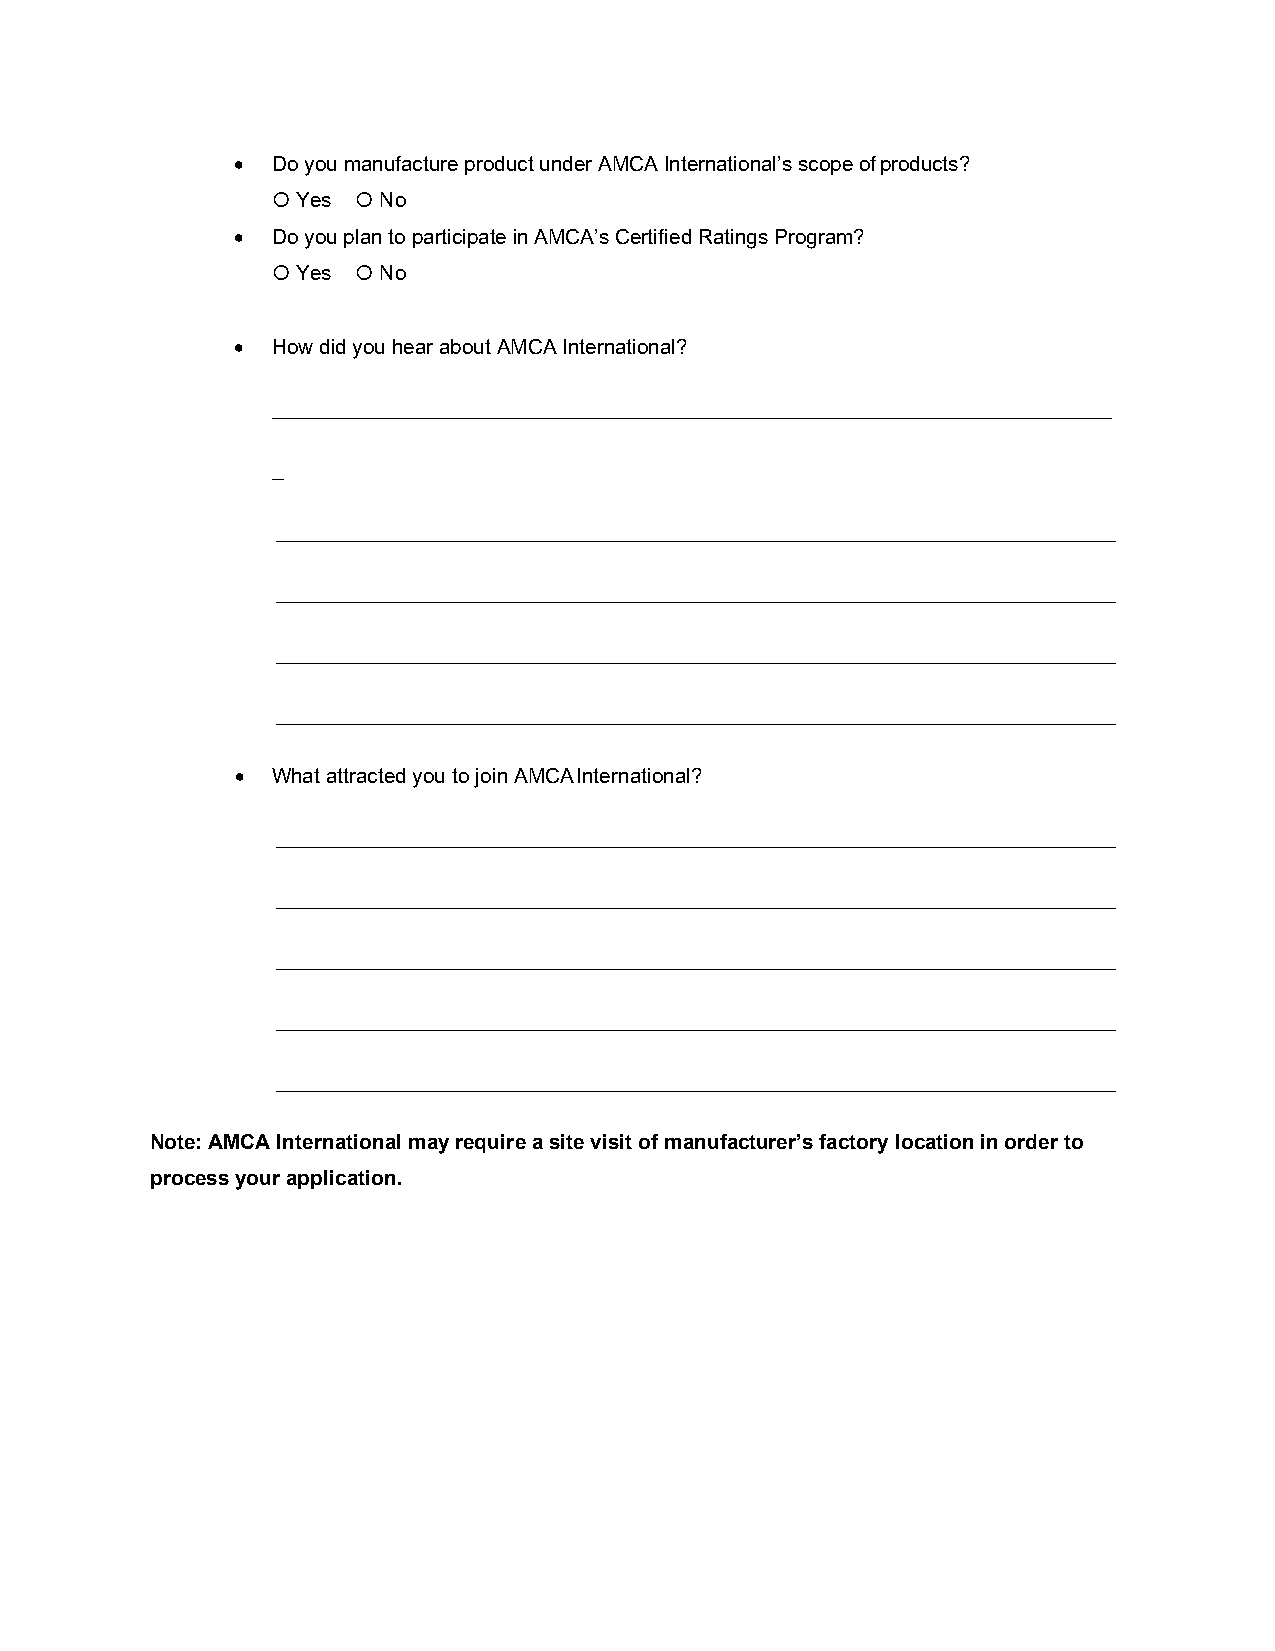
• Do you manufacture product under AMCA International’s scope of products?
 Yes   No
 • Do you plan to participate in AMCA’s Certified Ratings Program?
 Yes   No
 • How did you hear about AMCA International?
 _________________________________________________________________________
 _
 _________________________________________________________________________
 _________________________________________________________________________
 _________________________________________________________________________
 _________________________________________________________________________
 • What attracted you to join AMCA International?
 _________________________________________________________________________
 _________________________________________________________________________
 _________________________________________________________________________
 _________________________________________________________________________
 _________________________________________________________________________
 Note: AMCA International may require a site visit of manufacturer’s factory location in order to
 process your application.